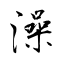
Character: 澡